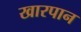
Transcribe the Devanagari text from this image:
खारपान